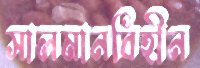
সালমানবিহীন